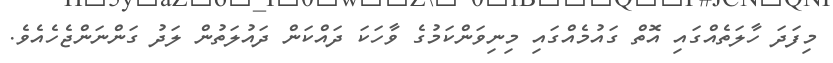
މިފަދަ ހާލަތެއްގައި އޮތް ގައުމެއްގައި މިނިވަންކަމުގެ ވާހަކަ ދަައްކަން ދައުލަތުން ލަދު ގަންނަންޖެހެއެވެ.